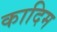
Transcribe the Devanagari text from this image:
कादिम